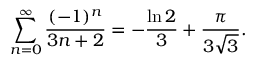
\sum _ { n = 0 } ^ { \infty } { \frac { ( - 1 ) ^ { n } } { 3 n + 2 } } = - { \frac { \ln 2 } { 3 } } + { \frac { \pi } { 3 { \sqrt { 3 } } } } .